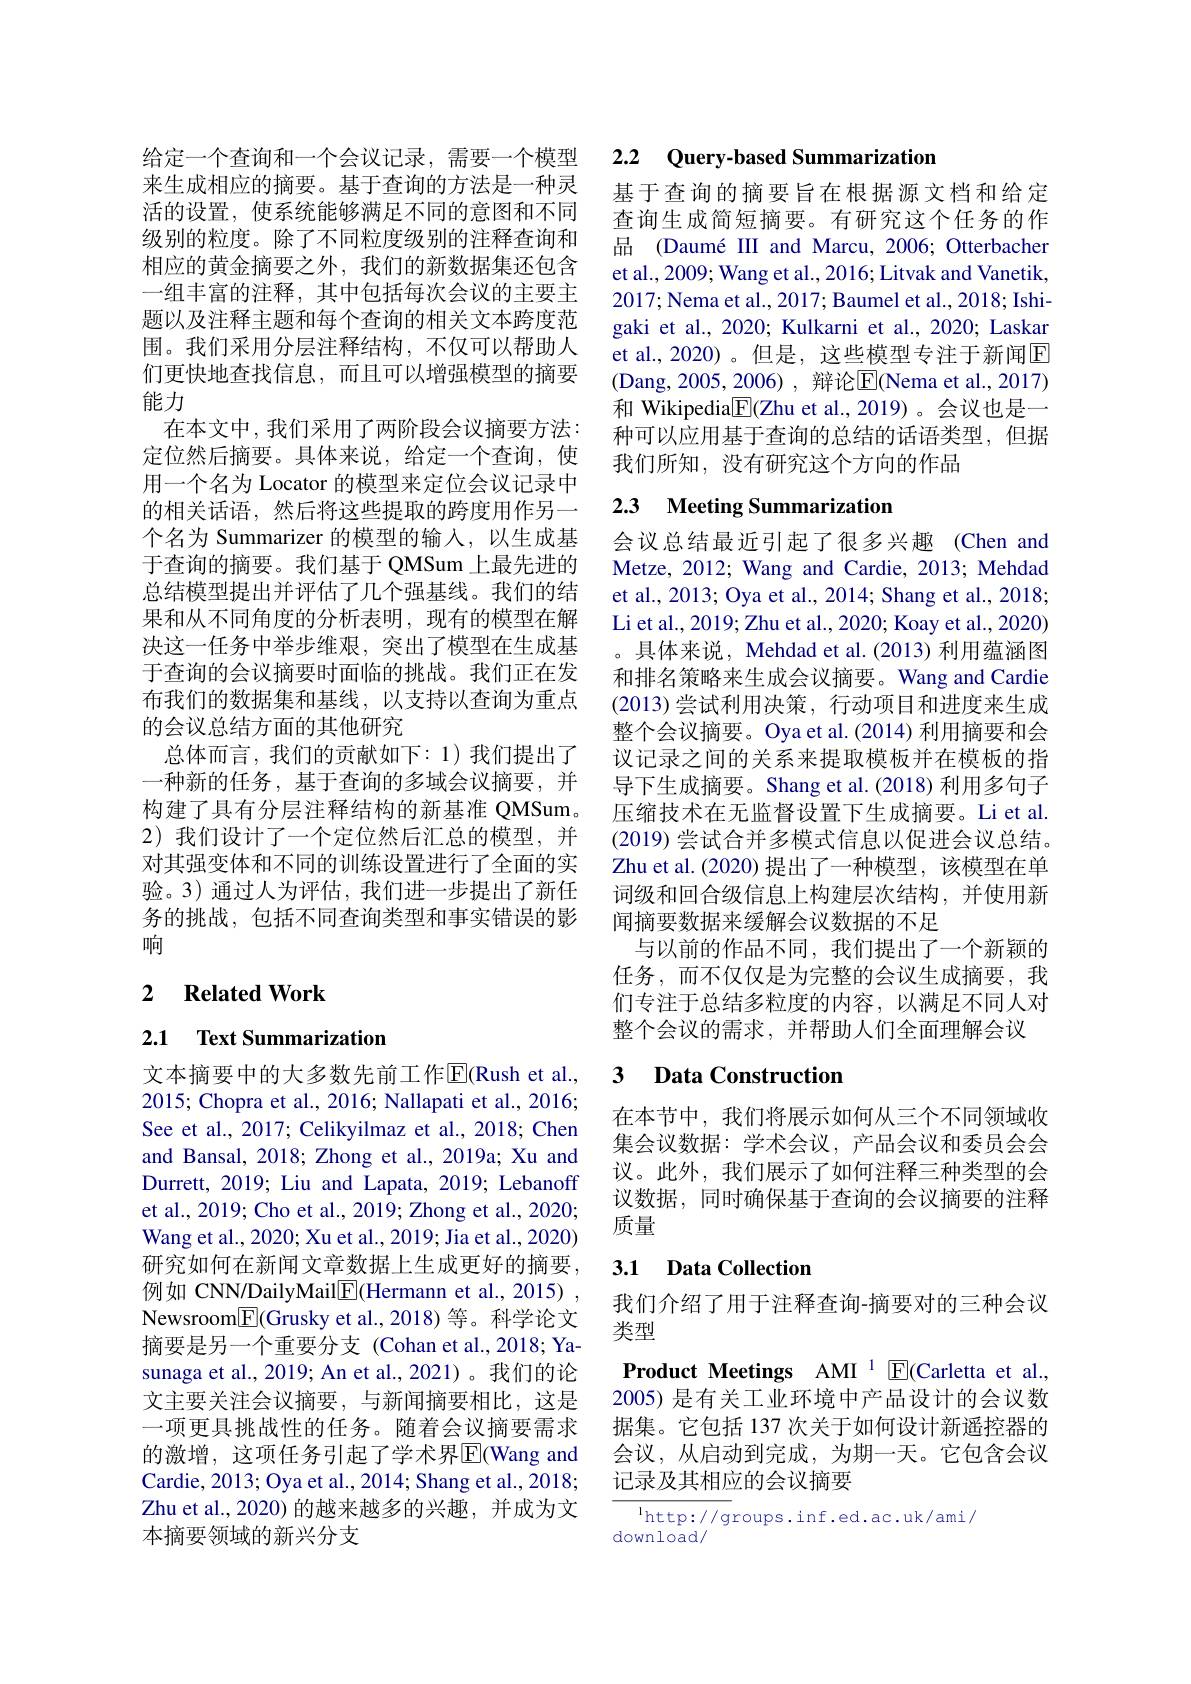
给定一个查询和一个会议记录，需要一个模型来生成相应的摘要。基于查询的方法是一种灵活的设置，使系统能够满足不同的意图和不同级别的粒度。除了不同粒度级别的注释查询和相应的黄金摘要之外，我们的新数据集还包含一组丰富的注释，其中包括每次会议的主要主题以及注释主题和每个查询的相关文本跨度范围。我们采用分层注释结构，不仅可以帮助人们更快地查找信息，而且可以增强模型的摘要能力
在本文中，我们采用了两阶段会议摘要方法： 定位然后摘要。具体来说，给定一个查询，使用一个名为 Locator 的模型来定位会议记录中的相关话语，然后将这些提取的跨度用作另一个名为 Summarizer 的模型的输入，以生成基于查询的摘要。我们基于 QMSum 上最先进的总结模型提出并评估了几个强基线。我们的结果和从不同角度的分析表明，现有的模型在解决这一任务中举步维艰，突出了模型在生成基于查询的会议摘要时面临的挑战。我们正在发布我们的数据集和基线，以支持以查询为重点的会议总结方面的其他研究
总体而言，我们的贡献如下：1)我们提出了一种新的任务，基于查询的多域会议摘要，并构建了具有分层注释结构的新基准 QMSum。2) 我们设计了一个定位然后汇总的模型，并对其强变体和不同的训练设置进行了全面的实验。3)通过人为评估，我们进一步提出了新任务的挑战，包括不同查询类型和事实错误的影响

## 2 $\textbf{Related Work}$

2.1 Text Summarization

文本摘要中的大多数先前工作$\overline{\mathrm{E}}($Rush et al., 2015; Chopra et al., 2016; Nallapati et al., 2016; See et al., 2017; Celikyilmaz et al., 2018; Chen and Bansal, 2018; Zhong et al., 2019a; Xu and Durrett, 2019; Liu and Lapata, 2019; Lebanoff et al., 2019; Cho et al., 2019; Zhong et al., 2020; Wang et al., 2020; Xu et al., 2019; Jia et al., 2020) 研究如何在新闻文章数据上生成更好的摘要， 例如 CNN/DailyMail$\boxed{\mathrm{E}}($Hermann et al.,2015) , $\mathsf{Newsroom}\boxed{\mathsf{F}}(\mathsf{Grusky~et~al.,~2018})$等。科学论文摘要是另一个重要分支 (Cohan et al.,2018; Yasunaga et al., 2019; An et al., 2021)。我们的论文主要关注会议摘要，与新闻摘要相比，这是一项更具挑战性的任务。随着会议摘要需求的激增，这项任务引起了学术界$\overline{\mathrm{E}}$(Wang and Cardie, 2013; Oya et al., 2014; Shang et al., 2018; Zhu et al., 2020) 的越来越多的兴趣，并成为文本摘要领域的新兴分支

## 2.2 $\textbf{Query- based Summarization}$

基于查询的摘要旨在根据源文档和给定查询生成简短摘要。有研究这个任务的作品 (Daumé III and Marcu, 2006; Otterbacher et al., 2009; Wang et al., 2016; Litvak and Vanetik, 2017; Nema et al., 2017; Baumel et al., 2018; Ishigaki et al., 2020; Kulkarni et al., 2020; Laskar et al., 2020)。但是，这些模型专注于新闻$\boxed{\mathrm{E}}$ (Dang,2005,2006), 辩论$\overline{\mathrm{E}}($Nema et al.,2017) 和 Wikipedia$\underline{\mathrm{E}}($Zhu et al.,2019)。会议也是一种可以应用基于查询的总结的话语类型，但据我们所知，没有研究这个方向的作品

## 2.3 Meeting Summarization

会议总结最近引起了很多兴趣 (Chen and Metze, 2012; Wang and Cardie, 2013; Mehdad et al., 2013; Oya et al., 2014; Shang et al., 20183 Li et al., 2019; Zhu et al., 2020; Koay et al., 2020) 。具体来说，Mehdad et al.(2013) 利用蕴涵图和排名策略来生成会议摘要。Wang and Cardie (2013)尝试利用决策，行动项目和进度来生成整个会议摘要。Oya et al.(2014) 利用摘要和会议记录之间的关系来提取模板并在模板的指导下生成摘要。Shang et al.(2018) 利用多句子压缩技术在无监督设置下生成摘要。Li et al. (2019) 尝试合并多模式信息以促进会议总结。Zhu et al.(2020) 提出了一种模型，该模型在单词级和回合级信息上构建层次结构，并使用新闻摘要数据来缓解会议数据的不足
与以前的作品不同，我们提出了一个新颖的任务，而不仅仅是为完整的会议生成摘要，我们专注于总结多粒度的内容，以满足不同人对整个会议的需求，并帮助人们全面理解会议

# 3 Data Construction

在本节中，我们将展示如何从三个不同领域收集会议数据：学术会议，产品会议和委员会会议。此外，我们展示了如何注释三种类型的会议数据，同时确保基于查询的会议摘要的注释质量

## 3.1 Data Collection

我们介绍了用于注释查询-摘要对的三种会议
类型

Product Meetings AMI $^{1}$E(Carletta et al. 2005) 是有关工业环境中产品设计的会议数据集。它包括 137 次关于如何设计新遥控器的会议，从启动到完成，为期一天。它包含会议记录及其相应的会议摘要

$\overline{^{1}\mathrm{http://g}}$roups.inf.ed.ac.uk/ami/
download/